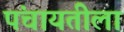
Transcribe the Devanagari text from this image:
पंचायतीला